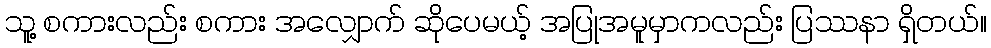
သူ့ စကားလည်း စကား အလျှောက် ဆိုပေမယ့် အပြုအမူမှာကလည်း ပြဿနာ ရှိတယ်။